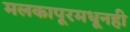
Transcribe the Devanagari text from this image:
मलकापूरमधूनही